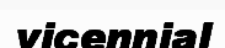
vicennial